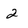
Character: 2